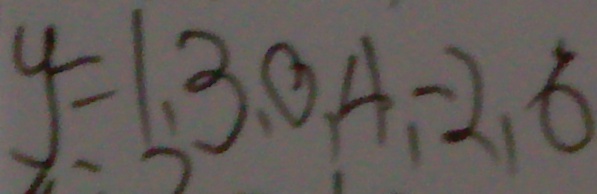
y = 1 , 3 , 0 , 4 , - 2 , 6